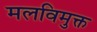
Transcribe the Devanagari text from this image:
मलविमुक्त